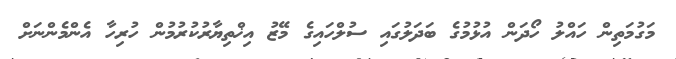
މަގުމަތިން ހައްލު ހޯދަން އުޅުމުގެ ބަދަލުގައި ސުލްހައިގެ މޭޒު އިޚްތިޔާރުކުރުމުން ހުރިހާ އެންމެންނަށް